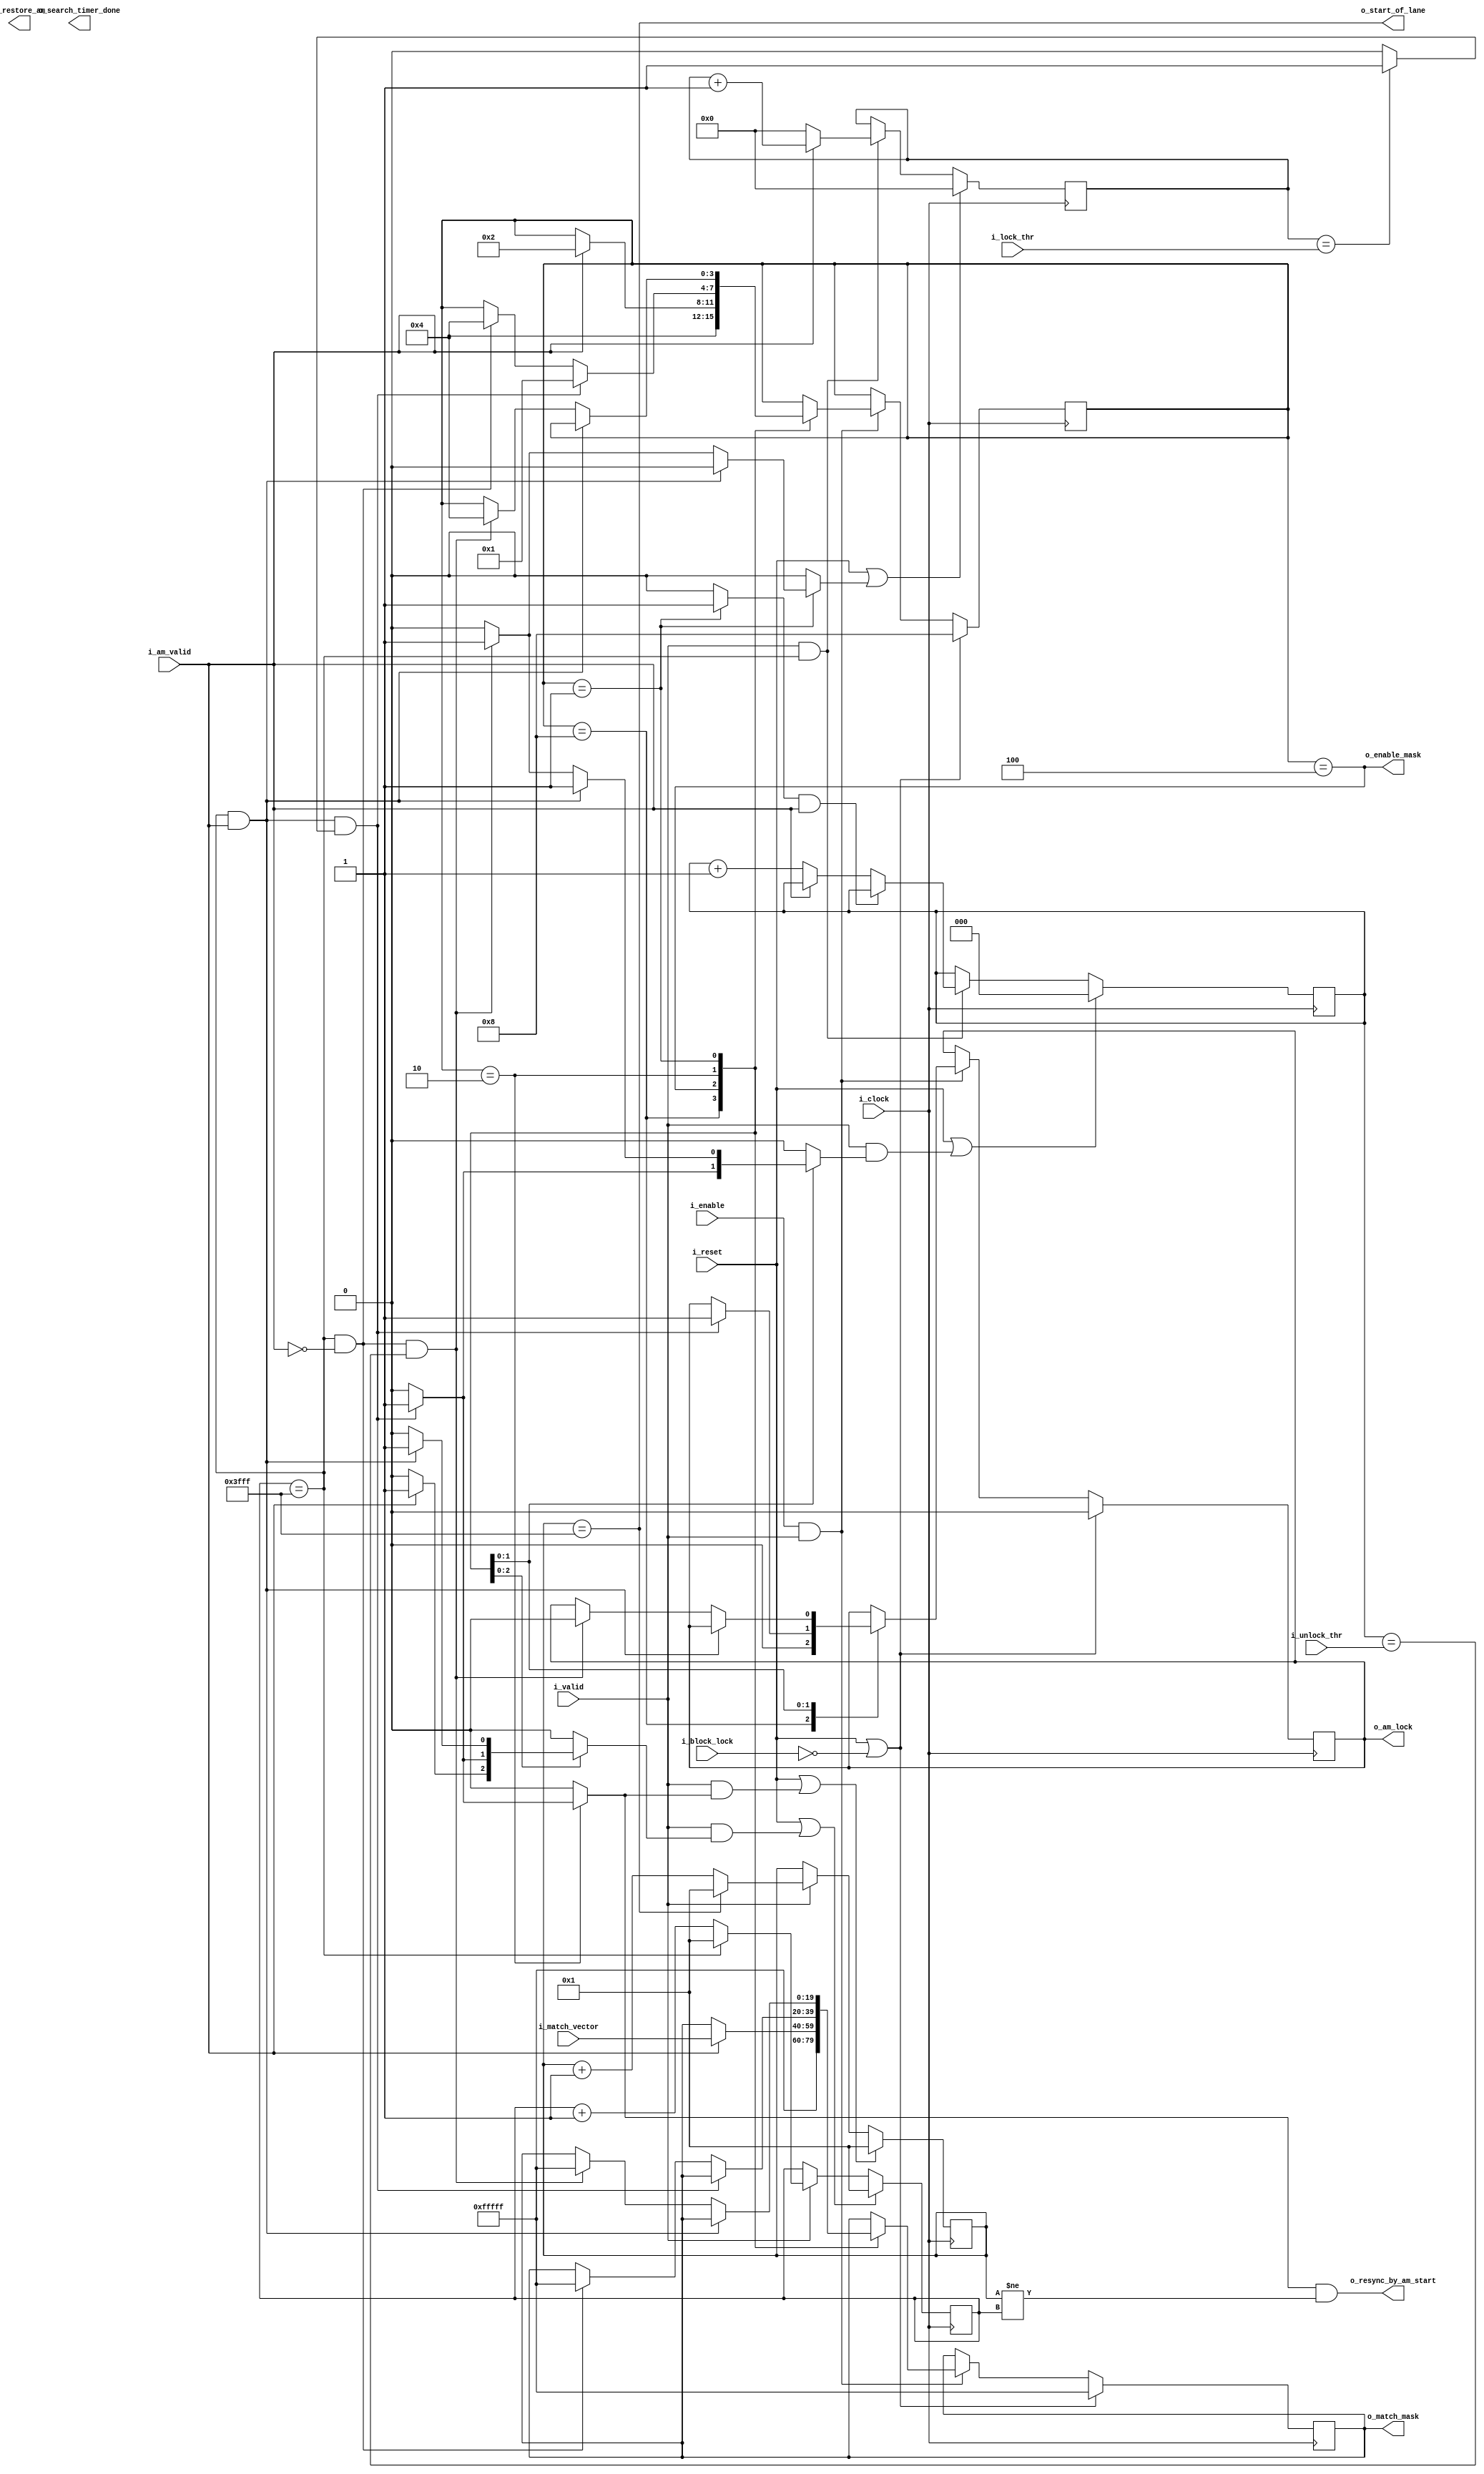
module am_lock_fsm
#(
	parameter N_ALIGNERS 	 = 20 ,
	parameter N_BLOCKS   	 = 16383 , //check
	parameter MAX_INVALID_AM = 8 ,
	parameter MAX_VALID_AM   = 20,
	parameter NB_INVALID_CNT = $clog2(MAX_INVALID_AM),
	parameter NB_VALID_CNT   = $clog2(MAX_VALID_AM)
 )
 (
 	input  wire 				i_clock ,
 	input  wire 				i_reset ,
 	input  wire 				i_enable ,
 	input  wire 				i_valid ,
 	input  wire 				i_block_lock ,
 	input  wire 				i_am_valid  ,
 	input  wire [N_ALIGNERS-1 : 0] 		i_match_vector ,
 	input wire  [NB_VALID_CNT-1 : 0]    	i_lock_thr,       //contador para am validos
 	input wire  [NB_INVALID_CNT-1 : 0]  	i_unlock_thr,     //contador para am invalidos

 	output wire [N_ALIGNERS-1 : 0] 		o_match_mask ,
 	output wire				o_enable_mask ,
 	output wire 				o_am_lock ,	    //quizas no haga falta ya que manejamos todo con resync
 	output wire 				o_resync_by_am_start ,
 	output wire 				o_start_of_lane ,
 	output wire 				o_restore_am,
	output wire 				o_search_timer_done //entrada al comparator
 );

//LOCALPARAMS

localparam N_STATE      = 4;
localparam INIT         = 4'b1000;
localparam WAIT_1ST     = 4'b0100;
localparam WAIT_2ND     = 4'b0010;
localparam LOCKED 	= 4'b0001;
localparam NB_COUNTER   = $clog2(N_BLOCKS);


//INTERNAL SIGNALS

reg				reset_timer_next, reset_sol_lock;
reg [NB_COUNTER -1 : 0]     	timer_search	, timer_lock;
reg [N_STATE-1 : 0] 		state 		, next_state;
reg [NB_INVALID_CNT-1 : 0] 	am_invalid_count;
reg [NB_VALID_CNT-1 : 0] 	am_valid_count;


reg [N_ALIGNERS-1 : 0] 	match_mask 	 , match_mask_next ;
reg 			am_lock   	 , am_lock_next ;
reg 			restore_am 	 , rest_am_next; 
reg                     reset_match_counter, reset_timer_lock, confirmation_flag;
reg 			rst_good_am_cnt;

wire                    match_counter_full;
wire                    invalid_count_full;
wire                    timer_search_done;


//PORTS
assign o_match_mask  		= match_mask;
assign o_enable_mask 		= (state == WAIT_1ST); // verificar si hace falta
assign o_am_lock     		= am_lock;
assign o_restore_am		= restore_am;

//Update state and signaling
always @ (posedge i_clock)
begin
	if(i_reset || !i_block_lock)
	begin
		state 			 <= INIT;
		am_lock 		 <= 0;
	end
	else if (i_enable && i_valid)
	begin
		state 			 <= next_state;
		am_lock 		 <= am_lock_next;
	end
end

//Update control registers
always @ (posedge i_clock)
begin
	if(i_reset || !i_block_lock)
	begin
		match_mask  	 <= {N_ALIGNERS{1'b1}};
	end
	else if (i_enable && i_valid)
	begin
		match_mask  	 <= match_mask_next;
	end
end


always @ *
begin
	next_state 		  = state;
	am_lock_next 		  = am_lock;
	match_mask_next		  = match_mask;
	rest_am_next		  = 1'b0;
	reset_match_counter   = 1'b0;
	reset_timer_lock      = 1'b0;
	reset_timer_next 	  = 1'b0;
	confirmation_flag	  = 1'b0;
	rst_good_am_cnt 	  = 1'b0;

	case(state)
		INIT://Merge con wait 1st ?
		begin

			am_lock_next 	= 1'b0;
			match_mask_next	= {N_ALIGNERS{1'b1}};
			next_state   	= WAIT_1ST;

		end

		WAIT_1ST:
		begin

			if (i_am_valid)
			begin
				reset_timer_next  = 1'b1;
				rest_am_next	  = 1'b1;
				match_mask_next   = i_match_vector;
				next_state 	      = WAIT_2ND;
			end

		end

		WAIT_2ND:
		begin

			if(timer_search_done && i_am_valid && match_counter_full)
			begin

				am_lock_next 	 	= 1'b1;
				rest_am_next	 	= 1'b1;
				reset_timer_lock 	= 1'b1;
				reset_timer_next 	= 1'b1;
				reset_match_counter = 1'b1;
				next_state 	 	 	= LOCKED;

			end
			else if(timer_search_done && !i_am_valid)
			begin

				match_mask_next  = {N_ALIGNERS{1'b1}};
				next_state 		 = WAIT_1ST;

			end
		end

		LOCKED: //verificar que sucede con los contadore cuando se cumple 
			//que el alineador  recibido es invalido pero no se alcanzo la cuenta max
		begin

		    confirmation_flag     = 1'b1;
			if (timer_search_done && i_am_valid)
			begin

				reset_timer_next 	  = 1'b1;
				rest_am_next     	  = 1'b1;
				reset_match_counter   = 1'b1;

			end
			else if (timer_search_done && !i_am_valid && invalid_count_full)
			begin

				next_state 		= WAIT_1ST;
				match_mask_next = {N_ALIGNERS{1'b1}};
				am_lock_next 	= 1'b0;
				rst_good_am_cnt = 1'b1;
				reset_match_counter = 1'b1;
							
			end
		end

	endcase
end

//cuenta para am invalid

    always @( posedge i_clock )
    begin

        if ( i_reset || (i_valid && reset_match_counter))
        begin
           am_invalid_count <= 0;
        end

        else if (i_valid && timer_search_done)
        begin
            if ( confirmation_flag && i_am_valid )
					am_invalid_count <= am_invalid_count; //en realidad si estoy LOCKED y recibo am valido deberia resetear esta cuenta
            else if ( !i_am_valid )
                	am_invalid_count <= am_invalid_count + 1'b1;
        end

    end

    assign  invalid_count_full = ( am_invalid_count == i_unlock_thr ) ; //coincide numero de am_invalid con entrada --> WAIT_1ST


 //cuenta de am validos, se realiza para poder obtener el estado de lock

    always @ ( posedge i_clock)
    begin

    	if (i_reset || rst_good_am_cnt)
    	begin
    		am_valid_count <= {NB_VALID_CNT{1'b0}};
    	end
    	else if (i_valid && timer_search_done)
    	begin
    		am_valid_count <= (i_am_valid) ? (am_valid_count + 1'b1) : 0;
    	end

    end

    assign match_counter_full = (am_valid_count == i_lock_thr) ? 1'b1 : 1'b0;
   
 //cuenta de timer para busqueda de am   
    
    always @( posedge i_clock )
    begin
        if (i_reset || (i_valid && reset_timer_next))
            timer_search
                <= 1 ; 
        else if ( i_valid )
            timer_search
                <= ( timer_search_done )? 1 : timer_search+1'b1 ;
    end

    assign timer_search_done = ( timer_search == N_BLOCKS ) ;
    assign o_timer_search_done = timer_search_done;


//cuenta de timer para start of lane
    always @( posedge i_clock )
    begin
        if ( i_reset || i_valid && reset_timer_lock )//setear reset timer lock en algun lado !!!
            timer_lock
                <= 1 ;  // FIXME: Use proper value to ensure both counters are equal after resync.
        else if ( i_valid )
            timer_lock 
                <= ( o_start_of_lane )? 1 : timer_lock+1'b1 ;
    end

    // PORTS
    assign o_start_of_lane = ( timer_lock == N_BLOCKS ) ;
    assign o_resync_by_am_start = reset_timer_lock && ( timer_lock!=timer_search ) ;

endmodule